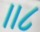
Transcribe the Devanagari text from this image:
॥८